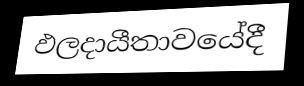
ඵලදායීතාවයේදී